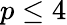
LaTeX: p\leq 4